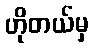
ဟိုတယ်မှ